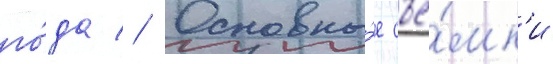
го́да // Основны́е съё́мк'и